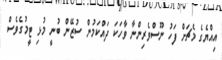
އިއްޔެގެ މެޗަށް ފަހު ނޫސްވެރިންނާ ވާހަކަ ދައްކަމުން ސުޒޭން ބުނީ މުޅި ޓީމުގެވެސް